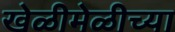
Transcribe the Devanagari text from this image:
खेळीमेळीच्या